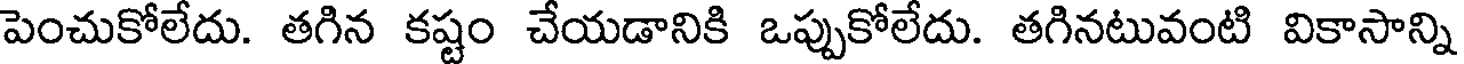
పెంచుకోలేదు. తగిన కష్టం చేయడానికి ఒప్పుకోలేదు. తగినటువంటి వికాసాన్ని